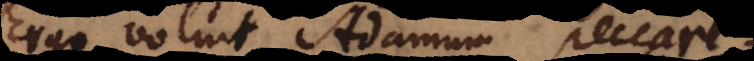
Ergo voluit Adamum peccare?